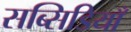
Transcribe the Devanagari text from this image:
सब्सिडियाँ